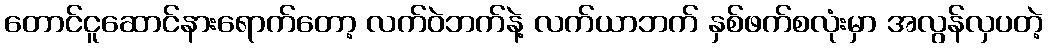
တောင်ငူဆောင်နားရောက်တော့ လက်ဝဲဘက်နဲ့ လက်ယာဘက် နှစ်ဖက်စလုံးမှာ အလွန်လှပတဲ့